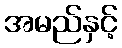
အမည်နှင့်